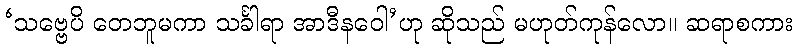
‘သဗ္ဗေပိ တေဘူမကာ သင်္ခါရာ အာဒီနဝေါ’ဟု ဆိုသည် မဟုတ်ကုန်လော။ ဆရာစကား